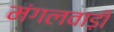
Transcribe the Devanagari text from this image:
मंगलवाड़ी